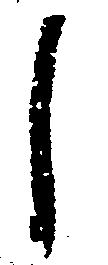
し